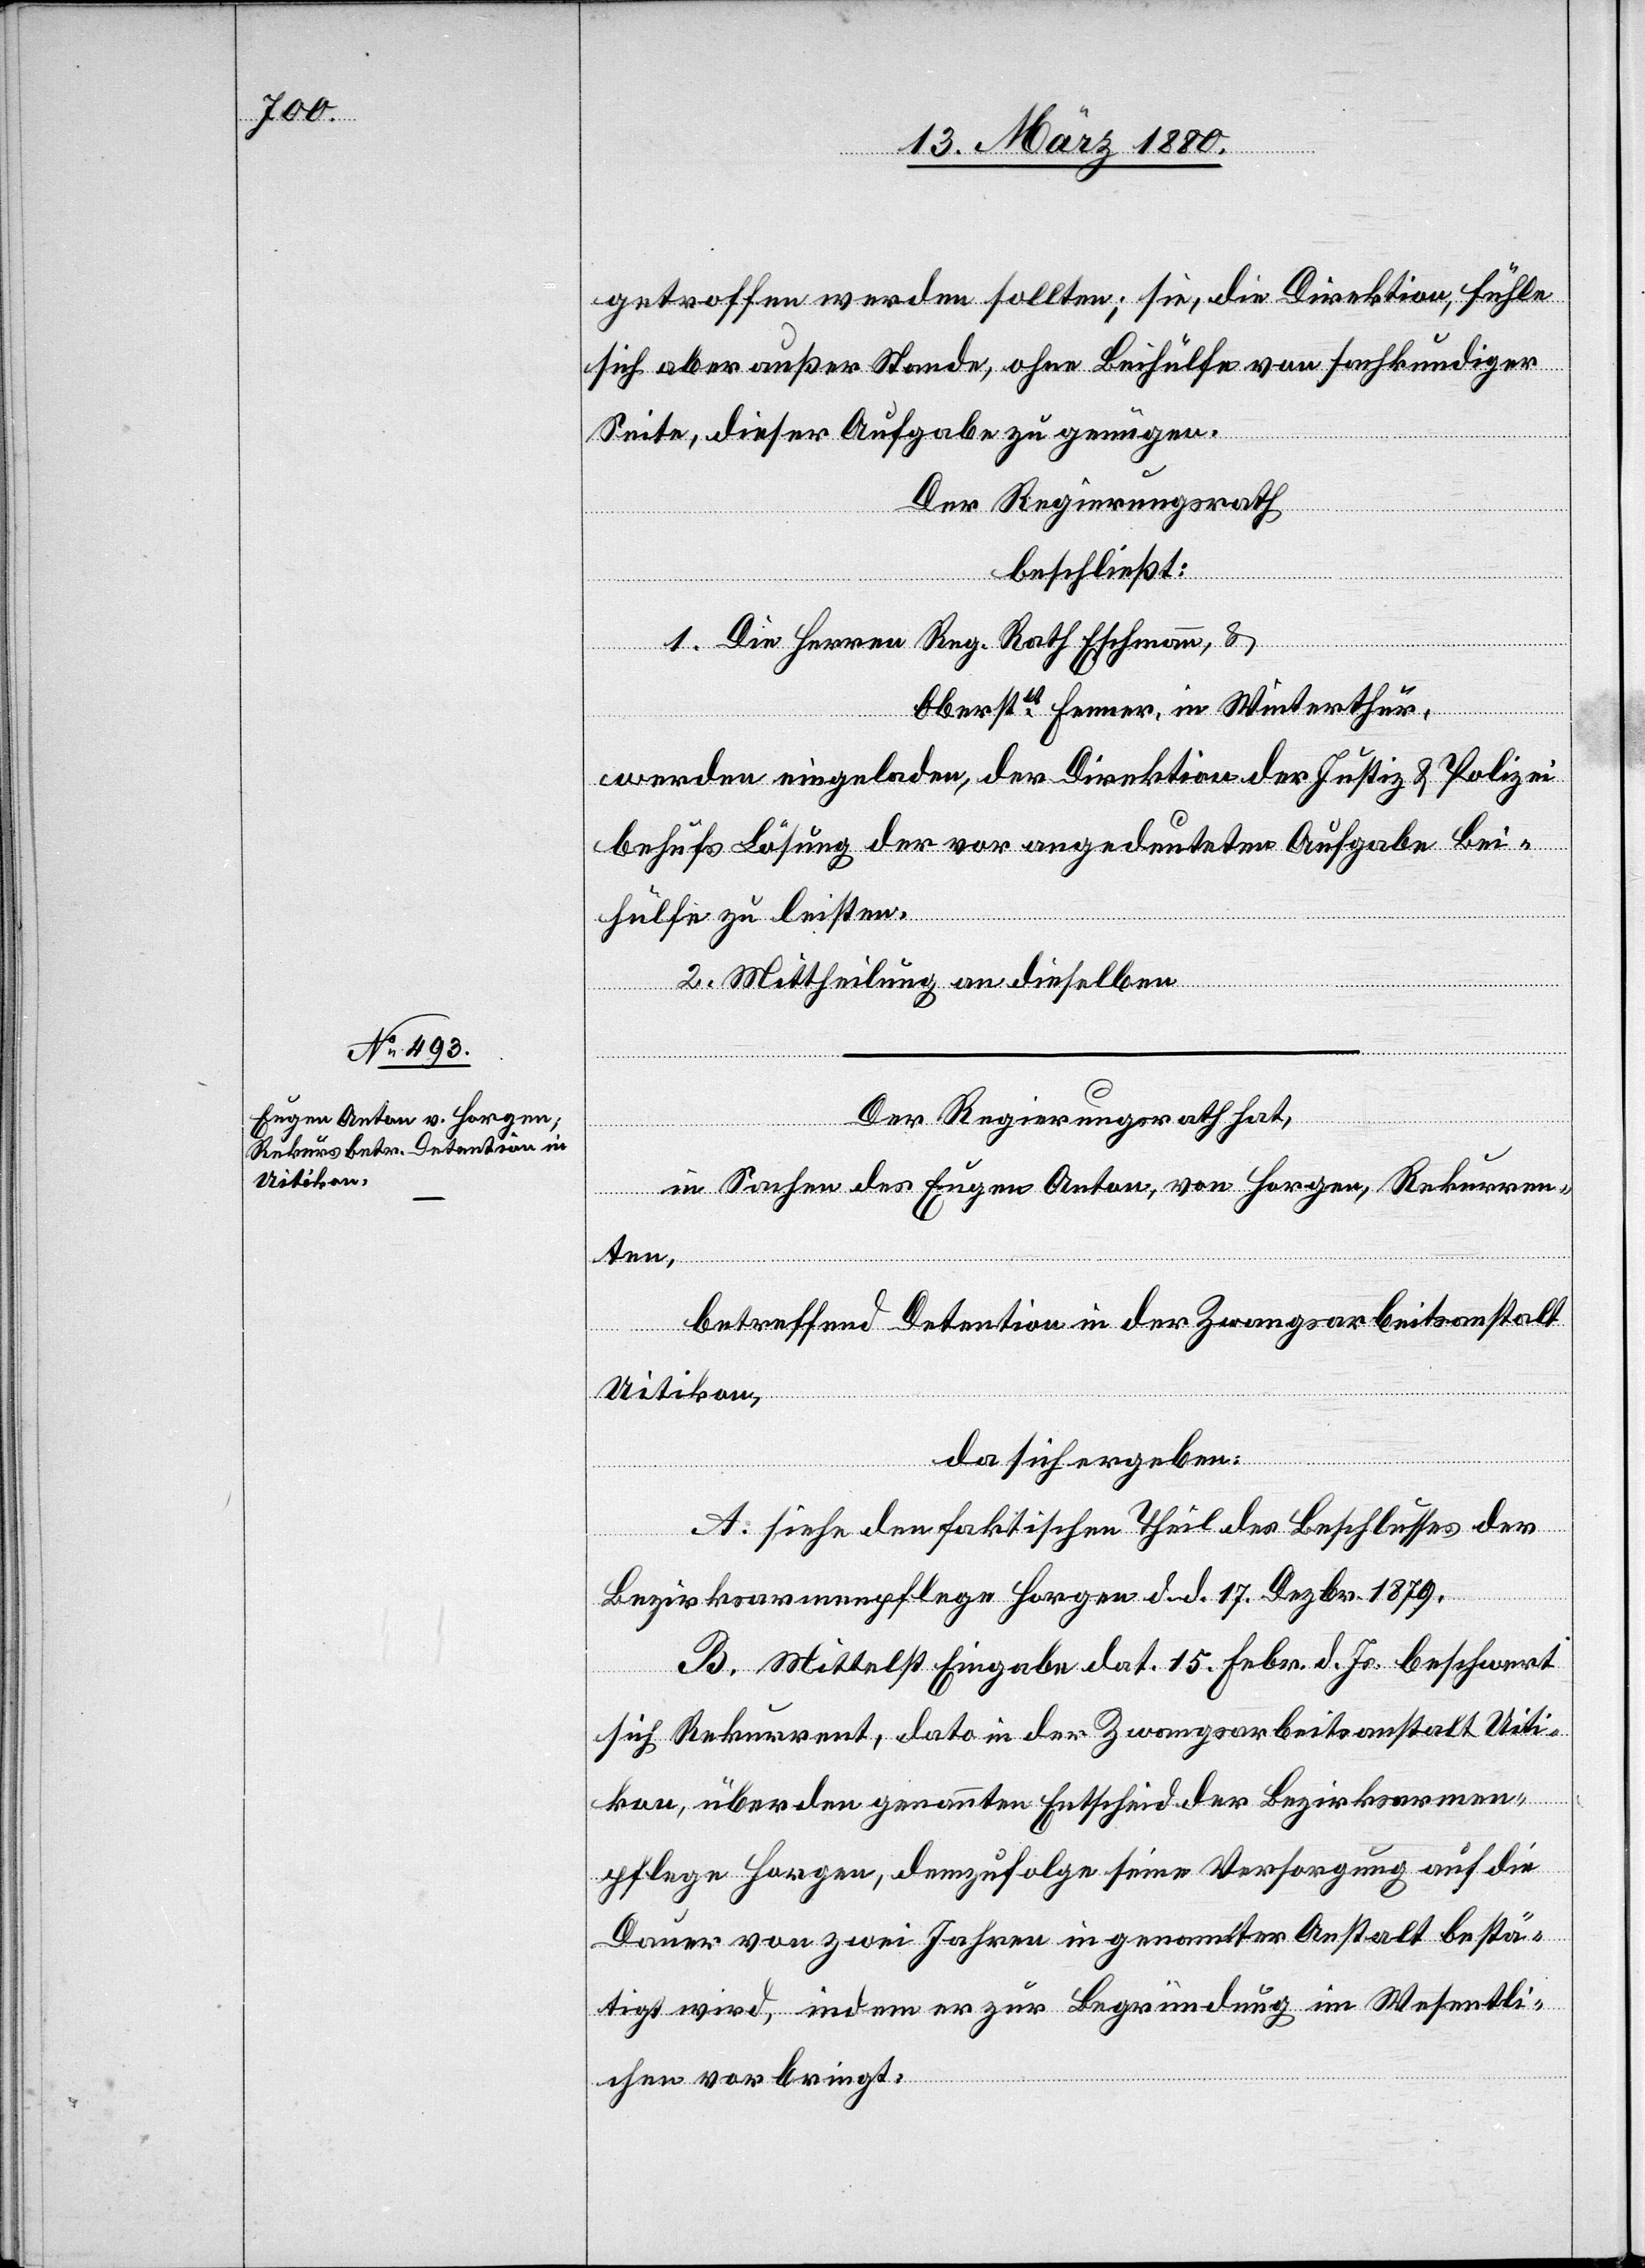
getroffen werden sollten; sie, die Direktion, fühle
sich aber außer Stande, ohne Beihülfe von sachkundiger
Reg.
Seite, dieser Aufgabe zu genügen.
Der Regierungsrath,
beschließt:
Oberstlt. Fenner, in Winterthur,
werden eingeladen, der Direktion der Justiz & Polizei
behufs Lösung der vor angedeuteten Aufgabe Bei¬
hülfe zu leisten.
2. Mittheilung an dieselben.
Der Regierungsrath hat,
in Sachen des Eugen Anton, von Horgen, Rekurren¬
Eschmann
ten,
betreffend Detention in der Zwangsarbeitsanstalt
Rath
Uitikon,
da sich ergeben:
1.
A. siehe den faktischen Theil des Beschlusses der
Bezirksarmenpflege Horgen d. d. 17. Dezbr. 1879.
B. Mittelst Eingabe dat. 15. Febr. d. Js. beschwert
sich Rekurrent, dato in der Zwangsarbeitsanstalt Uiti¬
kon, über den genannten Entscheid der Bezirksarmen¬
pflege Horgen, demzufolge seine Versorgung auf die
Dauer von zwei Jahren in genannter Anstalt bestä¬
tigt wird, indem er zur Begründung im Wesentli¬
chen vorbringt: